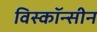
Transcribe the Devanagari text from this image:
विस्कॉन्सीन